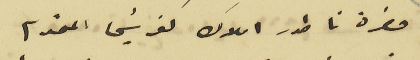
حضرة ناطور املاك كفرشيما المحترم